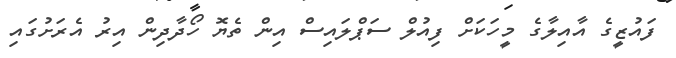
ފައުޒީގެ އާއިލާގެ މީހަކަށް ފިއުލް ސަޕްލައިސް އިން ތެޔޮ ހޯދާދިން އިރު އެރަށުގައި